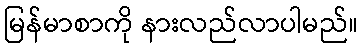
မြန်မာစာကို နားလည်လာပါမည်။